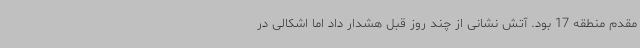
مقدم منطقه 17 بود. آتش نشانی از چند روز قبل هشدار داد اما اشکالی در